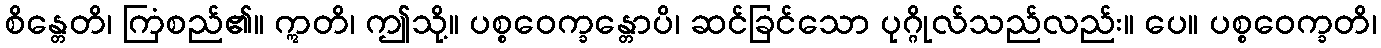
စိန္တေတိ၊ ကြံစည်၏။ ဣတိ၊ ဤသို့။ ပစ္စဝေက္ခန္တောပိ၊ ဆင်ခြင်သော ပုဂ္ဂိုလ်သည်လည်း။ ပေ။ ပစ္စဝေက္ခတိ၊